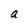
Character: a